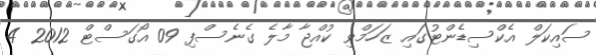
ސައިކަލް އެކްސިޑެންޓުގައި ޒަހަމްވި ކުއްޖާ މާލެ ގެނެސްފި 09 އޯގަސްޓް 2012 4